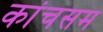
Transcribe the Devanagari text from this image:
कांचसम